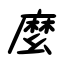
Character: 麼